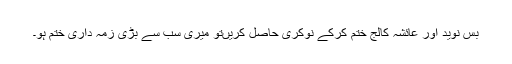
بس نوید اور عائشہ کالج ختم کرکے نوکری حاصل کریں‌تو میری سب سے بڑی زمہ داری ختم ہو۔